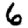
Digit: 6